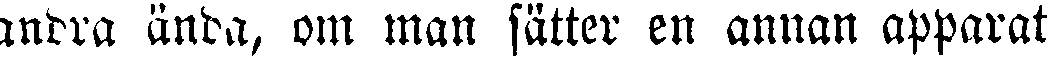
andra ända, om man sätter en annan apparat